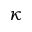
\kappa